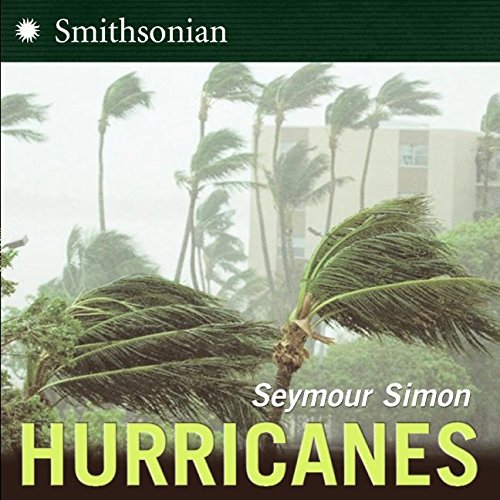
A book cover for Hurricanes; Seymour Simon; Science & Math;